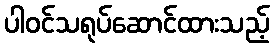
ပါဝင်သရုပ်ဆောင်ထားသည့်